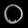
Digit: ၀